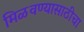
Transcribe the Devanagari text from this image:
मिळवण्यासाठीचा